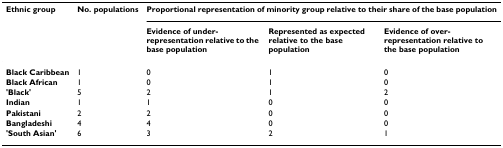
<table><thead><tr><td><b>Ethnic group</b></td><td><b>No. populations</b></td><td colspan="3"><b>Proportional representation of minority group relative to their share of the base population</b></td></tr><tr><td></td><td></td><td><b>Evidence of under-representation relative to the base population</b></td><td><b>Represented as expected relative to the base population</b></td><td><b>Evidence of over-representation relative to the base population</b></td></tr></thead><tbody><tr><td><b>Black Caribbean</b></td><td>1</td><td>0</td><td>1</td><td>0</td></tr><tr><td><b>Black African</b></td><td>1</td><td>0</td><td>1</td><td>0</td></tr><tr><td><b>&#x27;Black&#x27;</b></td><td>5</td><td>2</td><td>1</td><td>2</td></tr><tr><td><b>Indian</b></td><td>1</td><td>1</td><td>0</td><td>0</td></tr><tr><td><b>Pakistani</b></td><td>2</td><td>2</td><td>0</td><td>0</td></tr><tr><td><b>Bangladeshi</b></td><td>4</td><td>4</td><td>0</td><td>0</td></tr><tr><td><b>&#x27;South Asian&#x27;</b></td><td>6</td><td>3</td><td>2</td><td>1</td></tr></tbody></table>